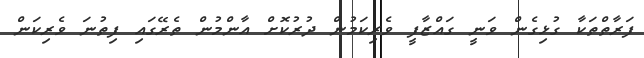
ފަރާތްތަކާ ގުޅިގެން ވަނީ ގައްޒާފީ ވެރިކަމުން ދުރުކޮށް އާންމުން ތެރޭގައި ފިތުނަ ވެރިކަން